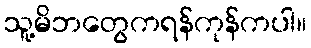
သူ့မိဘတွေကရန်ကုန်ကပါ။